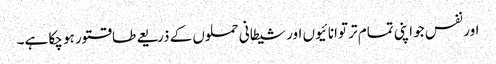
اور نفس جو اپنی تمام تر توانائیوں اور شیطانی حملوں کے ذریعے طاقتور ہو چکا ہے۔